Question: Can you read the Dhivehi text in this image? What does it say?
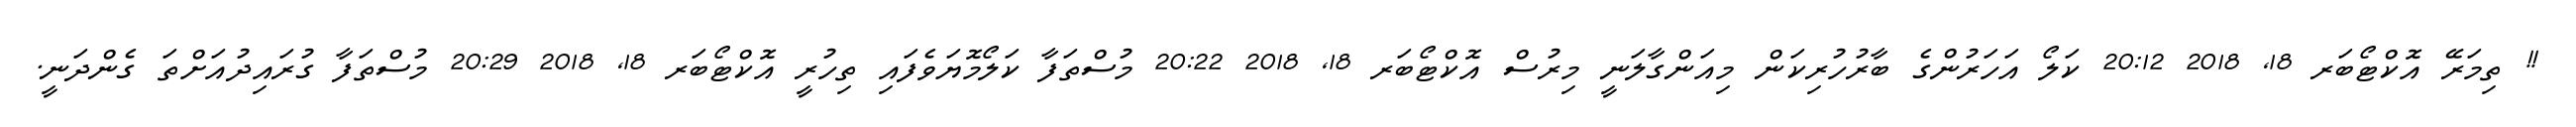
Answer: !! ތިމަރޭ އޮކްޓޯބަރ 18, 2018 20:12 ކަލޯ އަހަރުންގެ ބާރުހުރިކަން މިއަންގާލަނީ މިރުސް އޮކްޓޯބަރ 18, 2018 20:22 މުސްތަފާ ކަލޯމޮޔަވެފައި ތިހުރީ އޮކްޓޯބަރ 18, 2018 20:29 މުސްތަފާ ގުރައިދުއަށްތަ ގެންދަނީ.